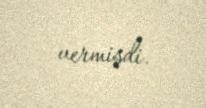
vermişdi.